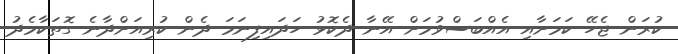
ކުރަން ޖެހޭ ކަމަށާއި އެއްބަސްވުމަށް އޭނާ ދެކޮޅު ހަދައިފިނަމަ ދެން ކުރިއަށްދާނެ ގޮތަކާމެދު